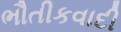
ભૌતીકવાદી